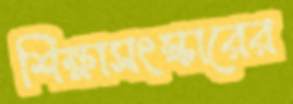
শিক্ষাসংস্কারের